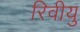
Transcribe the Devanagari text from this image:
रिवीयु